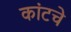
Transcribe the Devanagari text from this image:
कांटचे